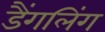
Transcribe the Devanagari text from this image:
डैंगलिंग